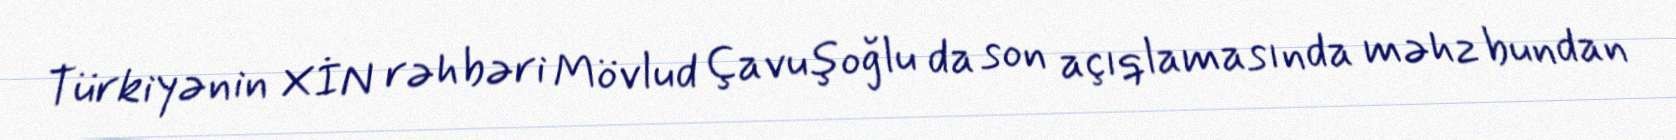
Türkiyənin XİN rəhbəri Mövlud Çavuşoğlu da son açıqlamasında məhz bundan